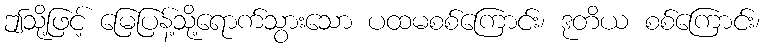
ဤသို့ဖြင့် မြေပြန့်သို့ရောက်သွားသော ပထမစစ်ကြောင်း၊ ဒုတိယ စစ်ကြောင်း၊